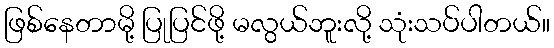
ဖြစ်နေတာမို့ ပြုပြင်ဖို့ မလွယ်ဘူးလို့ သုံးသပ်ပါတယ်။